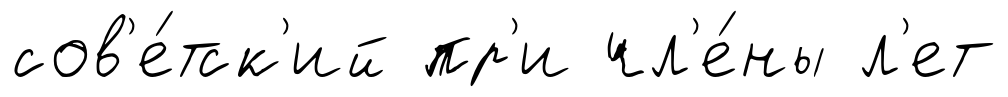
сов'е́тск'ий пр'и чл'е́ны л'ет